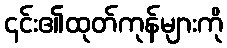
၎င်း၏ထုတ်ကုန်များကို